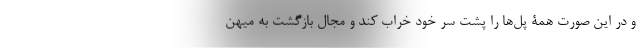
و در این صورت همۀ پل‌ها را پشت سر خود خراب کند و مجال بازگشت به میهن